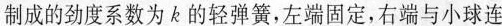
制成的劲度系数为k的轻弹簧，左端固定，右端与小球连